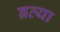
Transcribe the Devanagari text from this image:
ब्रत्या